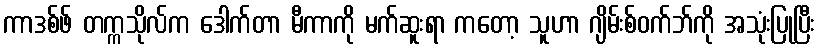
ကာဒစ်ဖ် တက္ကသိုလ်က ဒေါက်တာ မီကာကို မက်ဆူးရာ ကတော့ သူဟာ ဂျိမ်းစ်ဝက်ဘ်ကို အသုံးပြုပြီး